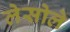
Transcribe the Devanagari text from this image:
लेसोले